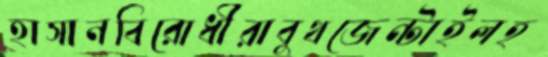
হাসানবিরোধীরাবুথজেন্টাইলহ